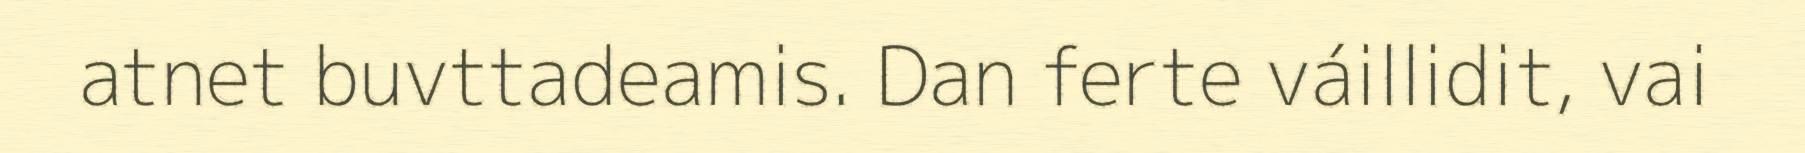
atnet buvttadeamis. Dan ferte váillidit, vai